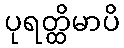
ပုရတ္ထိမာပိ